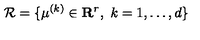
{ \cal R } = \{ \mu ^ { ( k ) } \in \mathbf { R } ^ { r } , \ k = 1 , \ldots , d \}